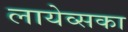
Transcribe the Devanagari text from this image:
लायेव्सका